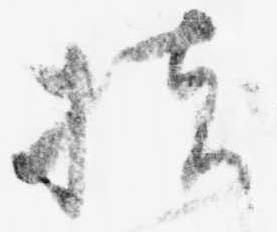
扶